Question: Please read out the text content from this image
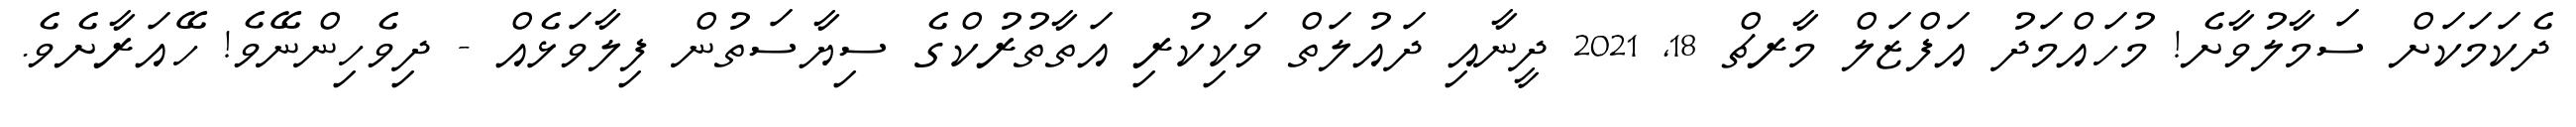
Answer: ދެކަމަކަށް ސަމާލުވާށެ! މުހައްމަދު އަފްޒަލް މާރޗް 18, 2021 ދީނާއި ދައުލަތް ވަކިކުރި އަތާތުރުކްގެ ސިޔާސަތުން ފިލާވަޅެއް - ދިވެހިންނޭވެ! ހޭއަރާށެވެ.